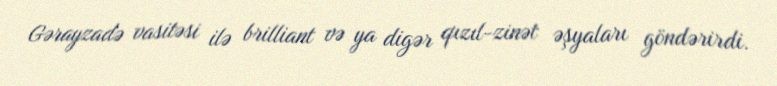
Gərayzadə vasitəsi ilə brilliant və ya digər qızıl-zinət əşyaları göndərirdi.